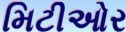
મિટીઓર